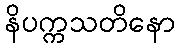
နိပက္ကသတိနော